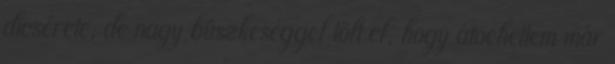
dicsérete, de nagy büszkeséggel tölt el, hogy átvehettem már